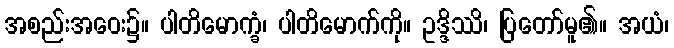
အစည်းအဝေး၌။ ပါတိမောက္ခံ၊ ပါတိမောက်ကို။ ဥဒ္ဒိဿိ၊ ပြတော်မူ၏။ အယံ၊